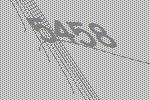
5458